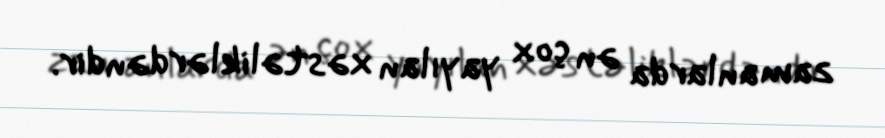
zamanlarda ən çox yayılan xəstəliklərdəndir.